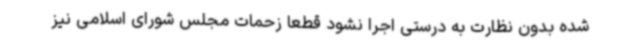
شده بدون نظارت به درستی اجرا نشود قطعا زحمات مجلس شورای اسلامی نیز